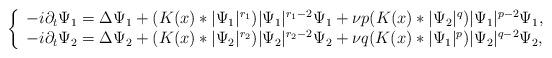
LaTeX: \begin{align*}\aligned\left\{ \begin{array}{lll}-i\partial_t\Psi_1=\Delta\Psi_1+(K(x)\ast |\Psi_1|^{r_1})|\Psi_1|^{r_1-2}\Psi_1+\nu p(K(x)\ast |\Psi_2|^{q})|\Psi_1|^{p-2}\Psi_1, \\-i\partial_t\Psi_2=\Delta\Psi_2+(K(x)\ast |\Psi_2|^{r_2})|\Psi_2|^{r_2-2}\Psi_2+\nu q (K(x)\ast |\Psi_1|^{p})|\Psi_2|^{q-2}\Psi_2,\end{array}\right.\endaligned\end{align*}